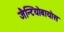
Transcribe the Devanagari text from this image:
जैन्टियोबायोस